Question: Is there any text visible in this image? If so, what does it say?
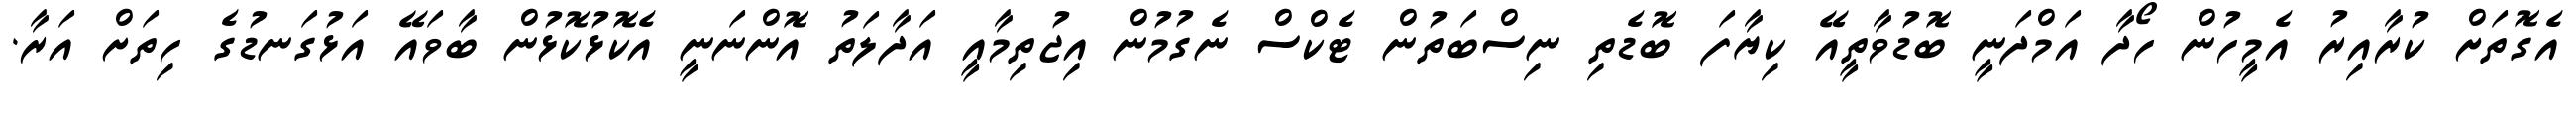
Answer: އެގޮތަށް ކުރާއިރު އެމީހުން ހޯދާ އަމްދަނީ ބޮޑުވާތީއޭ ކިޔާފަ ބޮޑެތި ނިސްބަތުން ޓެކްސް ނެގުމުން އިޖުތިމާއީ އަދާލަތު އޮންނަނީ އެކޮޅުކޮޅުން ބާވައޭ އަޅުގަނޑުގެ ހިތަށް އަރާ.